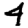
Digit: 4